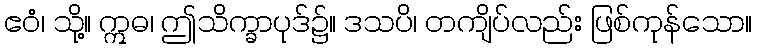
ဧဝံ၊ သို့။ ဣဓ၊ ဤသိက္ခာပုဒ်၌။ ဒသပိ၊ တကျိပ်လည်း ဖြစ်ကုန်သော။